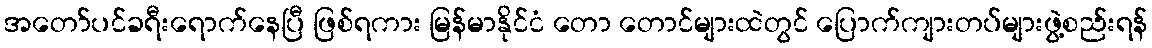
အတော်ပင်ခရီးရောက်နေပြီ ဖြစ်ရကား မြန်မာနိုင်ငံ တော တောင်များထဲတွင် ပြောက်ကျားတပ်များဖွဲ့စည်းရန်